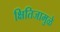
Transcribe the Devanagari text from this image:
क्षितिजामुळे